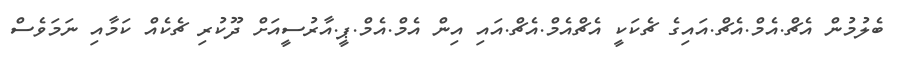
ބެލުމުން އެޗް.އެމް.އެޗް.އައިގެ ޗެކަކީ އެޗްއެމް.އެޗް.އައި އިން އެމް.އެމް.ޕީ.އާރުސީއަށް ދޫކުރި ޗެކެއް ކަމާއި ނަމަވެސް